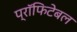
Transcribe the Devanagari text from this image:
प्रॉफिटेबल